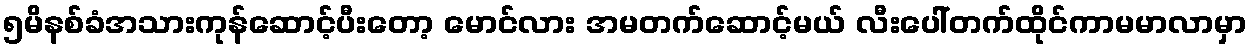
၅မိနစ်ခံအသားကုန်ဆောင့်ပီးတော့ မောင်လား အမတက်ဆောင့်မယ် လီးပေါ်တက်ထိုင်ကာမမာလာမှာ